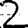
Digit: 2